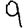
Digit: 9